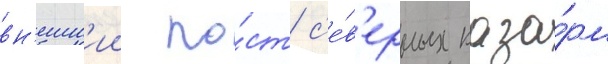
вн'ешн'ии по́ст с'е́в'ерных каза́рм